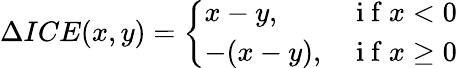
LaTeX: \Delta ICE(x,y)=\left\{ \begin{array}{ll}{x-y,}&{\mathrm{~i~f~}x<0}\\ {-(x-y),}&{\mathrm{~i~f~}x\geq 0}\end{array}\right.